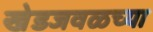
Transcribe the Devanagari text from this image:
खेडजवळच्या